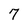
Character: 7